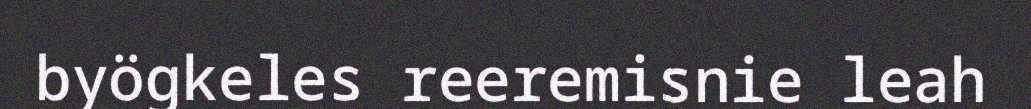
byögkeles reeremisnie leah